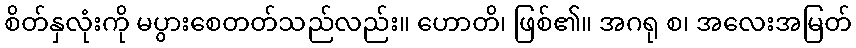
စိတ်နှလုံးကို မပွားစေတတ်သည်လည်း။ ဟောတိ၊ ဖြစ်၏။ အဂရု စ၊ အလေးအမြတ်